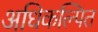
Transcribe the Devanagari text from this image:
अधिकल्पित